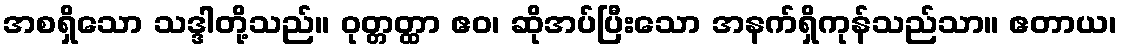
အစရှိသော သဒ္ဒါတို့သည်။ ဝုတ္တတ္ထာ ဧဝ၊ ဆိုအပ်ပြီးသော အနက်ရှိကုန်သည်သာ။ ဧတာယ၊